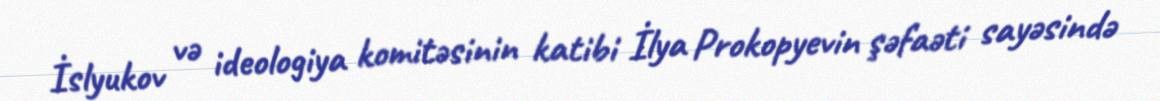
İslyukov və ideologiya komitəsinin katibi İlya Prokopyevin şəfaəti sayəsində